Note on the mental hospitals in Burma - 1925-1940
Year: 1925
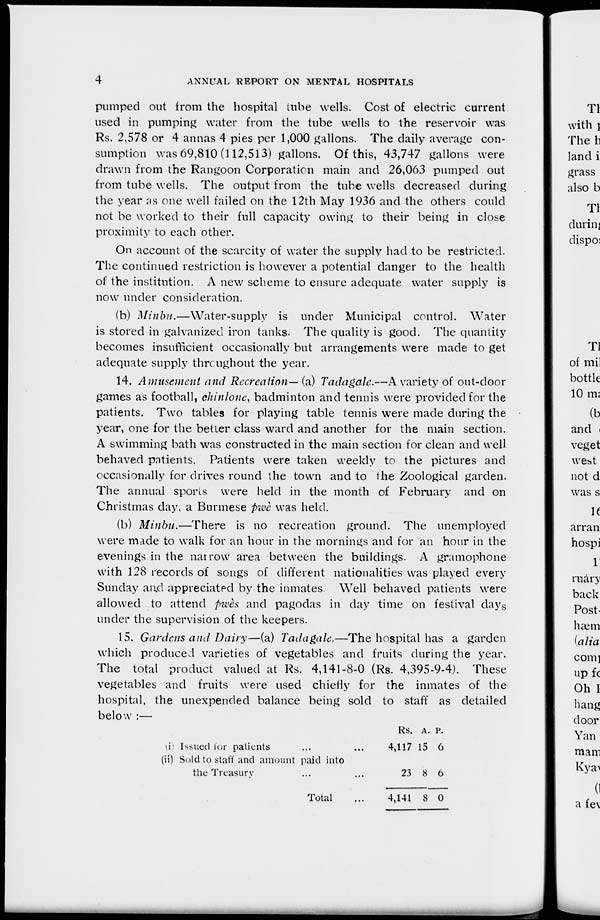
4
ANNUAL REPORT ON MENTAL HOSPITALS
pumped out from the hospital tube wells. Cost of electric current
used in pumping water from the tube wells to the reservoir was
Rs. 2,578 or 4 annas 4 pies per 1,000 gallons. The daily average con-
sumption was 69,810 (112,513) gallons. Of this, 43,747 gallons were
drawn from the Rangoon Corporation main and 26,063 pumped out
from tube wells. The output from the tube wells decreased during
the year as one well failed on the 12th May 1936 and the others could
not be worked to their full capacity owing to their being in close
proximity to each other.
On account of the scarcity of water the supply had to be restricted.
The continued restriction is however a potential danger to the health
of the institution. A new scheme to ensure adequate water supply is
now under consideration.
(b) Minbu.—Water-supply
is under Municipal control. Water
is stored in galvanized iron tanks. The quality is good. The quantity
becomes insufficient occasionally but arrangements were made to get
adequate supply throughout the year.
14. Amusement and Recreation— (a) Tadagale.—A variety of out-door
games as football, chinlone, badminton and tennis were provided for the
patients. Two tables for playing table tennis were made during the
year, one for the better class ward and another for the main section.
A swimming bath was constructed in the main section for clean and well
behaved patients. Patients were taken weekly to the pictures and
occasionally for drives round the town and to the Zoological garden.
The annual sports were held in the month of February and on
Christmas day, a Burmese pwè was held.
(b) Minbu.—There is no recreation ground. The unemployed
were made to walk for an hour in the mornings and for an hour in the
evenings in the narrow area between the buildings. A gramophone
with 128 records of songs of different nationalities was played every
Sunday and appreciated by the inmates Well behaved patients were
allowed to attend pwès and pagodas in day time on festival days
under the supervision of the keepers.
15. Gardens and Dairy—(a) Tadagale.—The hospital has a garden
which produced varieties of vegetables and fruits during the year.
The total product valued at Rs. 4,141-8-0 (Rs. 4,395-9-4). These
vegetables and fruits were used chiefly for the inmates of the
hospital, the unexpended balance being sold to staff as detailed
below :—
(i) Issued lor patients ... ...
(ii) Sold to staff and amount paid into
the Treasury ... ...
Total ...
Rs.
4,117
23
4,141
A.
15
8
8
P.
6
6
0